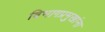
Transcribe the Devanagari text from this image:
विभागप्रमुखांना